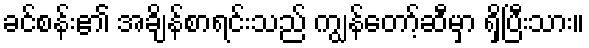
ခင်စန်း၏ အချိန်စာရင်းသည် ကျွန်တော့်ဆီမှာ ရှိပြီးသား။